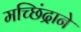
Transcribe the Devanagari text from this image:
मच्छिंद्राने